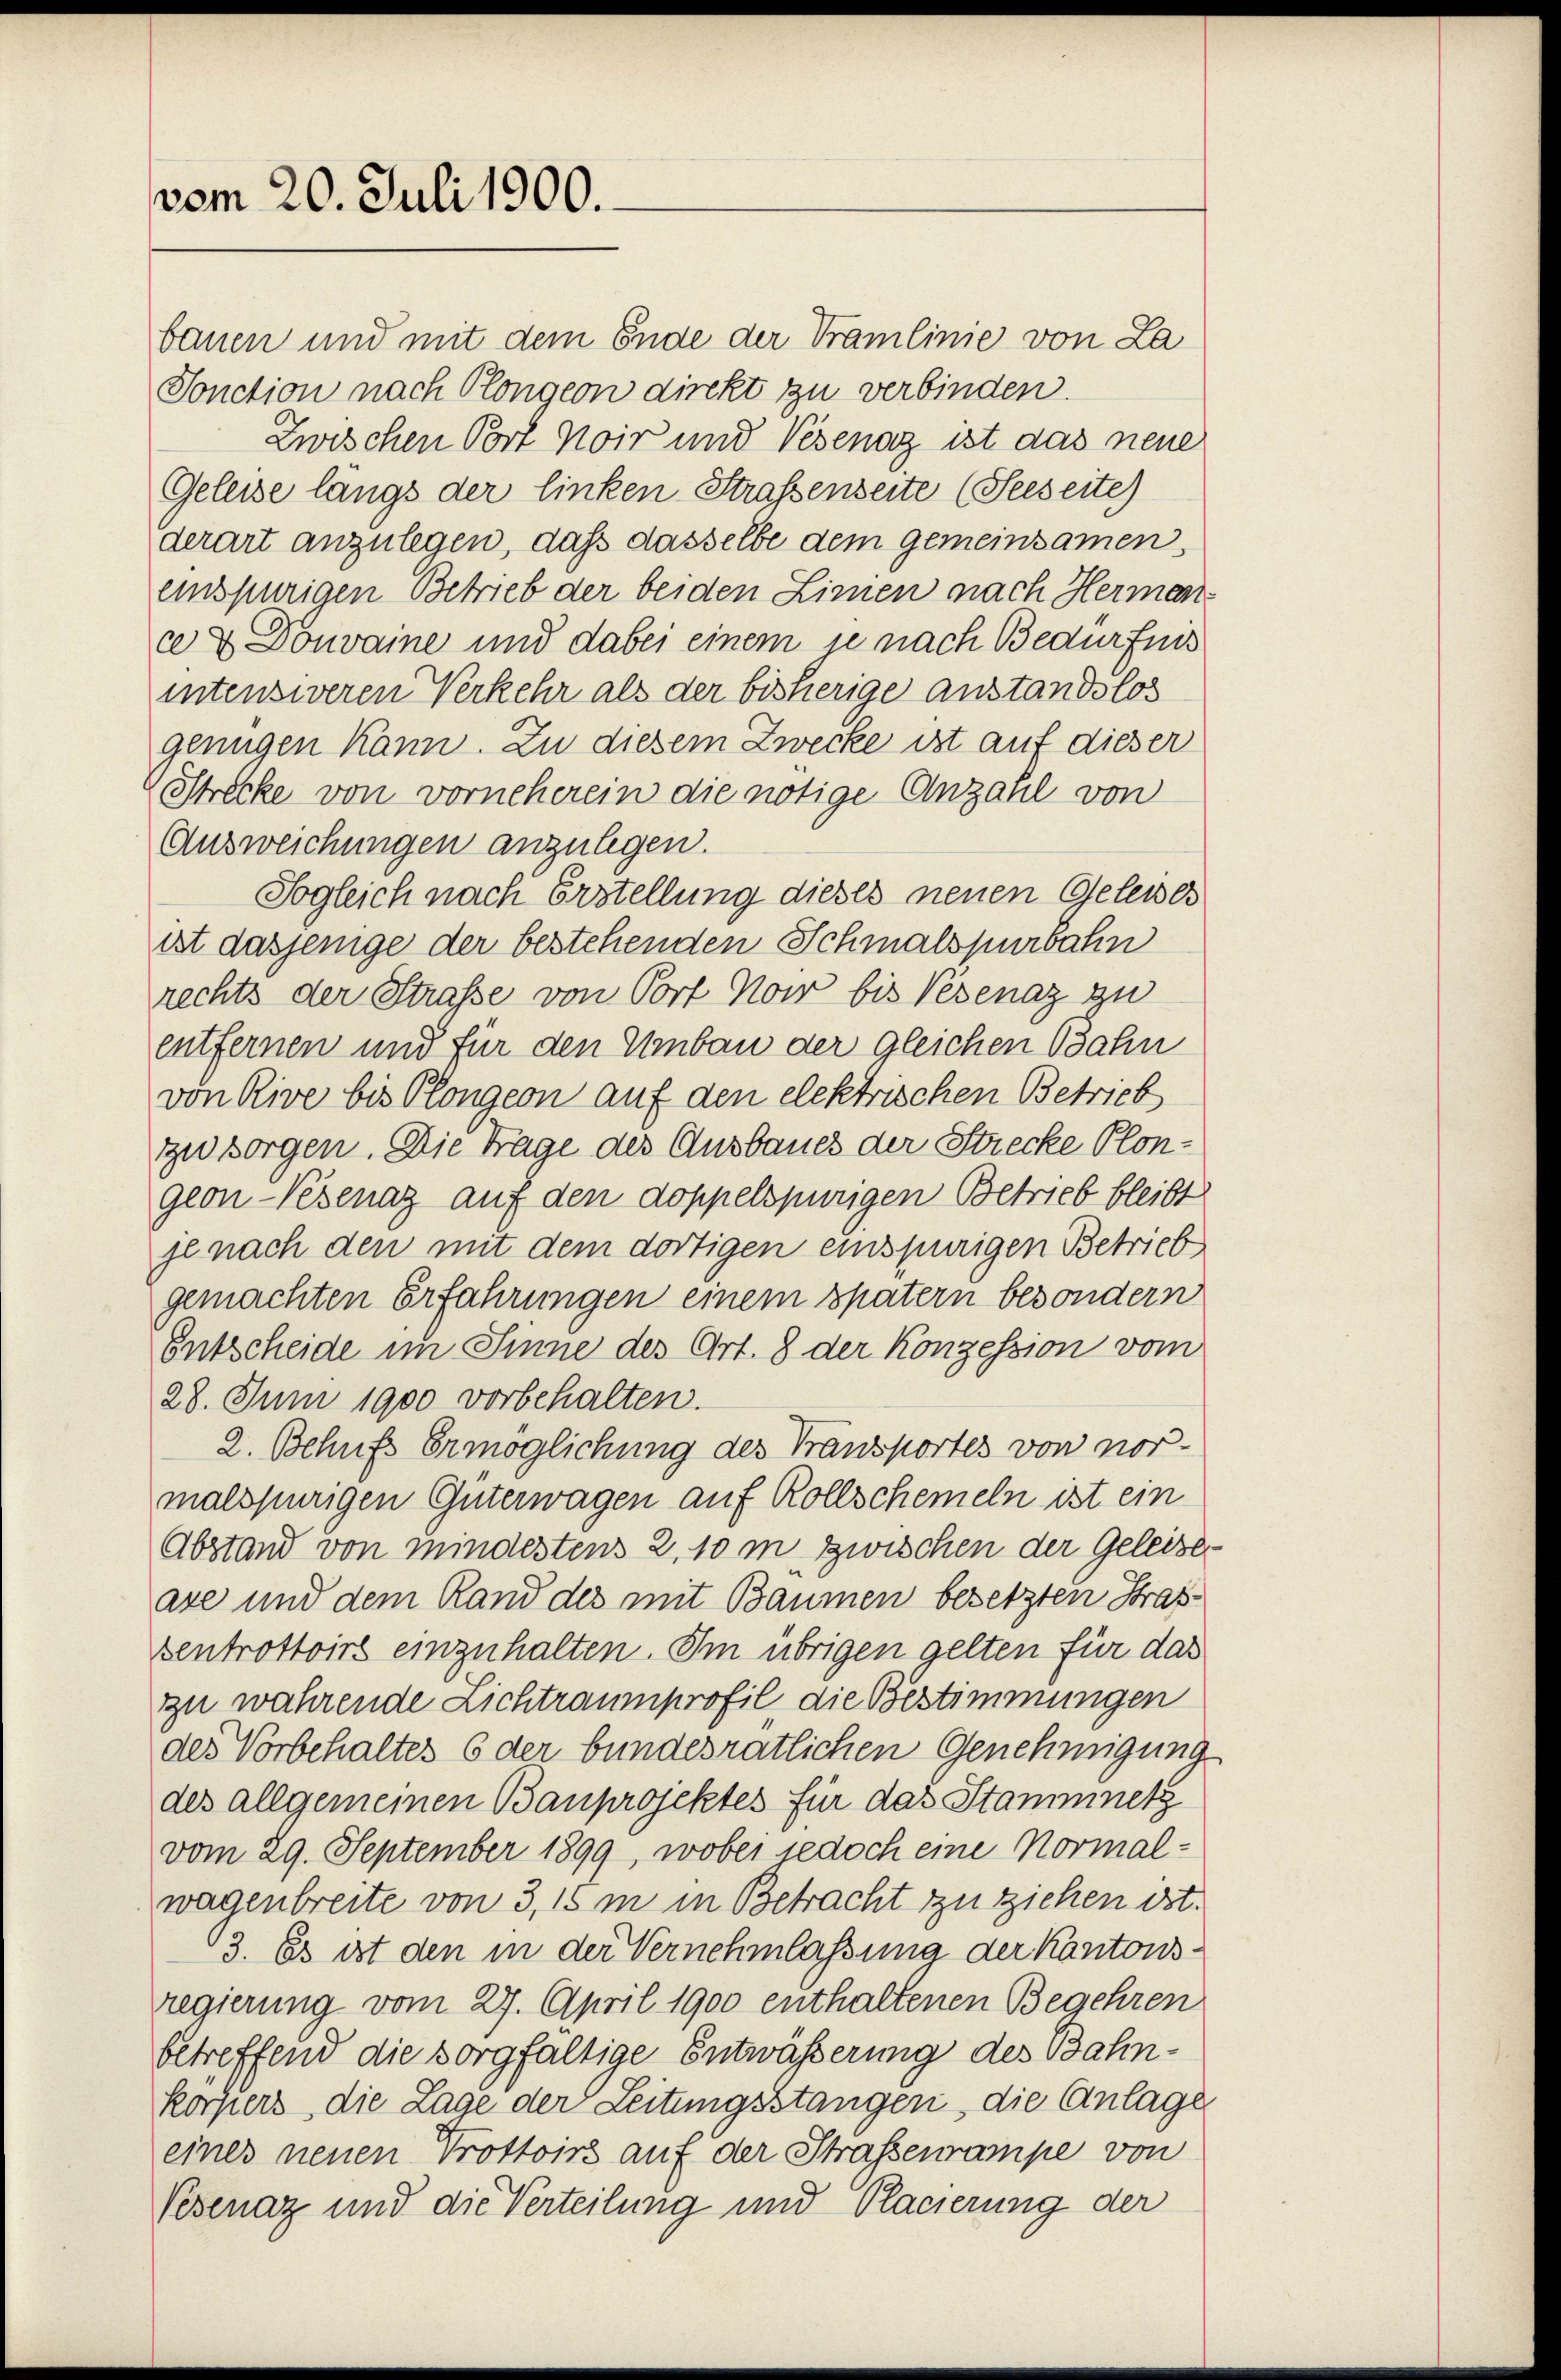
vom 20. Juli 1900.

bauen und mit dem Ende der Tramlinie von La
Sonction nach Plongern direkt zu verbinden.
Zwischen Port Noir und Vesenar ist das neue
Geleise längs der linken Straßenseite (Seeseite)
derart anzulegen, daß dasselbe dem gemeinsamen,
einspurigen Betrieb der beiden Linien nach Hermen
ce & Donvaine und dabei einem je nach Bedürfnis
intensiveren Verkehr als der bisherige anstandslos
genügen kann. Zu diesem Zwecke ist auf dieser
Strecke von vorneherein die nötige Anzahl von
Ausweichungen anzulegen.
Sogleich nach Erstellung dieses neuen Geleises
ist dasjenige der bestehenden Schmalspurbahn
rechts der Straße von Port Now bis Vesenaz zu
entfernen und für den Umbau der gleichen Bahn
von Rive bis Plongern auf den elektrischen Betrieb
zu sorgen. Die Frage des Ausbaues der Strecke Plongeon-Keisenaz auf den doppelspurigen Betrieb bleibt
je nach den mit dem dortigen einspurigen Betrieb,
gemachten Erfahrungen einem spatern besondern
Entscheide im Sinne des Art. 8 der Konzession vom
28. Juni 1900 vorbehalten.
2. Behufs Ermöglichung des Transportes von vor-
malspurigen Güterwagen auf Rollschemeln ist ein
Abstand von mindestens 2, 10 m Zwischen der Geleise
axe und dem Rand des mit Baumen besetzten Strafzentrottoirs einzuhalten. Im übrigen gelten für das
zu währende Lichtraumprofil die Bestimmungen
des Vorbehaltes 6 der bundesrätlichen Genehmigung
des allgemeinen Bauprojektes für das Stammnetz
vom 29. September 1899, wobei jedoch eine Normalwagenbreite von 3, 15 m in Betracht zu ziehen ist.
13. Es ist den in der Vernehmlassung der Kantonsregierung vom 27. April 1900 enthaltenen Begehren
betreffend die sorgfaltige Entwässerung des Bahn-
körpers, die Lage der Leitungsstangen, die Anlage
eines neuen Trottoirs auf der Strassenrampe von
Vezenaz und die Verteilung und Placierung der